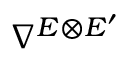
\nabla ^ { E \otimes E ^ { \prime } }